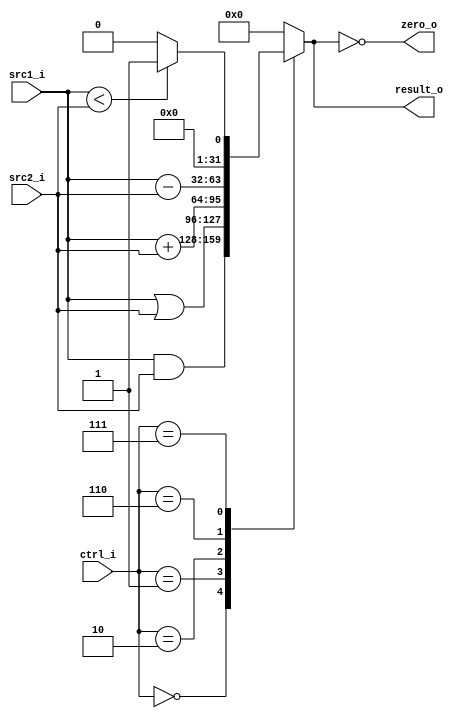
//SID:109550073
//Subject:     CO project 2 - ALU
//--------------------------------------------------------------------------------
//Version:     1
//--------------------------------------------------------------------------------
//Writer:      
//----------------------------------------------
//Date:        
//----------------------------------------------
//Description: 
//--------------------------------------------------------------------------------
`timescale 1ns/1ps
module ALU(
    src1_i,
	src2_i,
	ctrl_i,
	result_o,
	zero_o
	);
     
//I/O ports
input signed [32-1:0]  src1_i;
input signed [32-1:0]  src2_i;
input  [4-1:0]   ctrl_i;

output [32-1:0]	 result_o;
output           zero_o;

//Internal signals
reg    [32-1:0]  result_o;
wire             zero_o;

//Parameter
assign zero_o = (result_o==0) ;
//Main function
always @(ctrl_i,src1_i,src2_i)begin
    case(ctrl_i)
        0: result_o <= src1_i & src2_i; //and
        1: result_o <= src1_i | src2_i; //or
        2: result_o <= src1_i + src2_i; //addu
        6: result_o <= src1_i - src2_i; //subu
        7: result_o <= (src1_i < src2_i)? 1 : 0; //slt
        default : result_o <= 0;
    endcase
end
        
endmodule